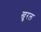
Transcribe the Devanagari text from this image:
खुरल